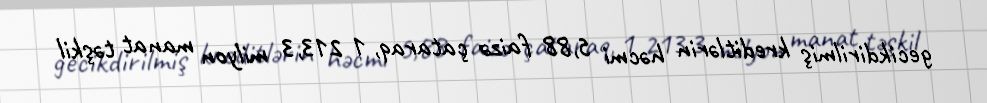
gecikdirilmiş kreditlərin həcmi 5,88 faizə çataraq, 1 213,3 milyon manat təşkil